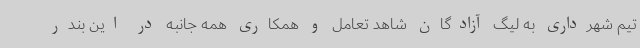
تیم شهرداری به لیگ آزادگان شاهد تعامل و همکاری همه جانبه در این بندر